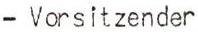
- Vorsitzender